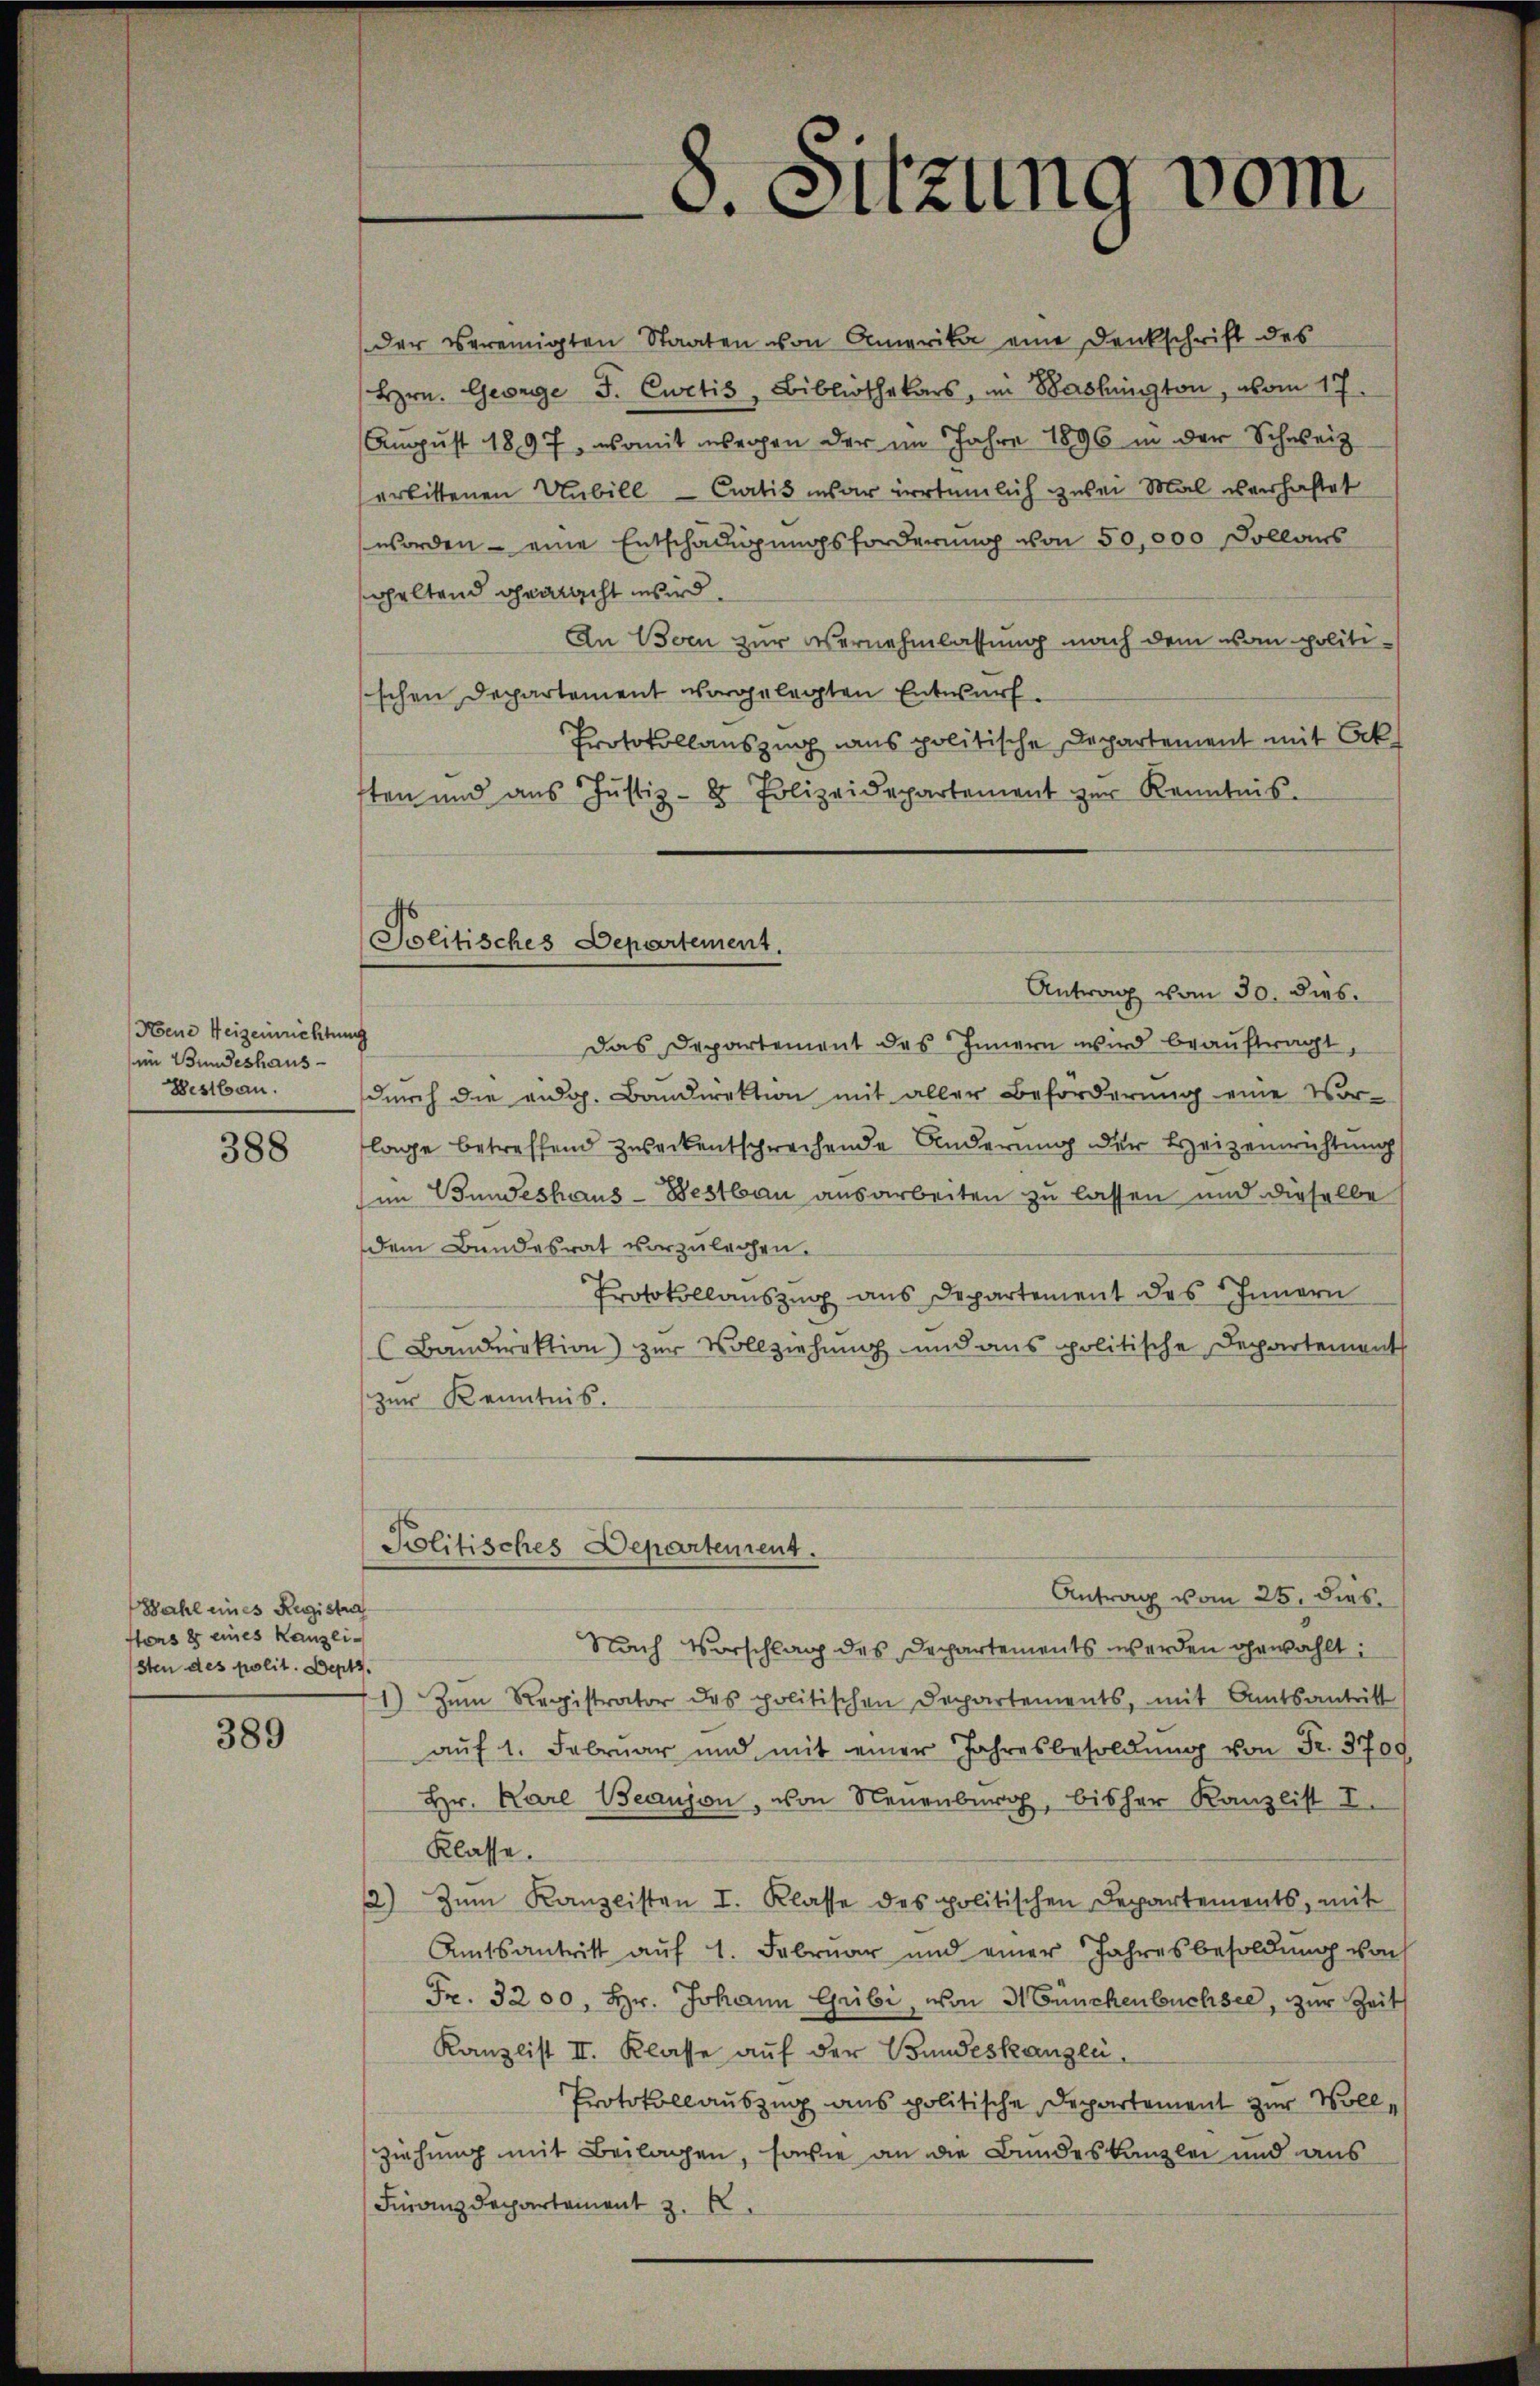
Noene Heizeinrichtung
im Bundeshaus-
Westbau.

388

Wahl eines Registraf
stons er eines Kanzlisten des polit. Dept.

389

Politisches Departement.

der vereinigten Staaten von Amerika eine Denkschrift des
Hrn. George J. Ewetis, Bibliothekars, im Baslington, vom 17.
August 1897, womit wegen der im Jahre 1896 in der Schweiz
erbittenen Unbill - Cratis unser irrtümlich zwei Mal verhaftet
worden - eine Entschädigungsforderung von 50,000 Sollaus
cheltend gemacht wird
An Born zur Vernehmlassung nach dem vom politischen Departement vorgelegten Entwurf.
Protokollauszug aus politische Departement mit Ack
sten und aŭs Jŭstiz- & Polizeidepartement zur Kenntnis-
Das Departement des Innern wird beaŭftragt,
durch die eidg. Bandirektion mit aller Beforderung eine Vor-
lage betreffend Zuseckentsprechende Änderung der Heizeinrichtung
im Bundeshaus- Bestbau ausarbeiten zu lassen und dieselbe
dem Bundesrat vorzulegen.
Protokollauszug aus Departement des Innern
(Bandirektion) zur Vollziehung und ans politische Departement
zur Kenntnis.
Politisches Departement.
Antrag vom 25. dies
Nach Vorschlag des Departements werden gewählt:
1) Zum Registrator des politischen Departements, mit Amtsantritt
aŭf 1. Febrŭar und mit einer Jahresbesoldŭng von Fr. 3709
Hr. Karl Beaujon, von Neuenburg, bisher Kanzlist I
Klasse.
2) Zum Kanzlisten I. Klasse des politischen Departements, mit
Amtsantritt auf 1. Februar und einer Jahresbesoldung von
Fr. 3200. Hr. Johann Gribi, von 31 Bünchenbüchsee, zur Zeit
Kanzlist II. Klasse auf der Bundeskanzli,
Protokollauszug aus politische Departement zur Vollziehung mit Beilagen, sowie an die Bundeskanzlei und aus
Finanzdepartement z.

8. Sitzung vom

Antrag vom 30. dies